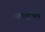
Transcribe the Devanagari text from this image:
त्वमायुष्मान्